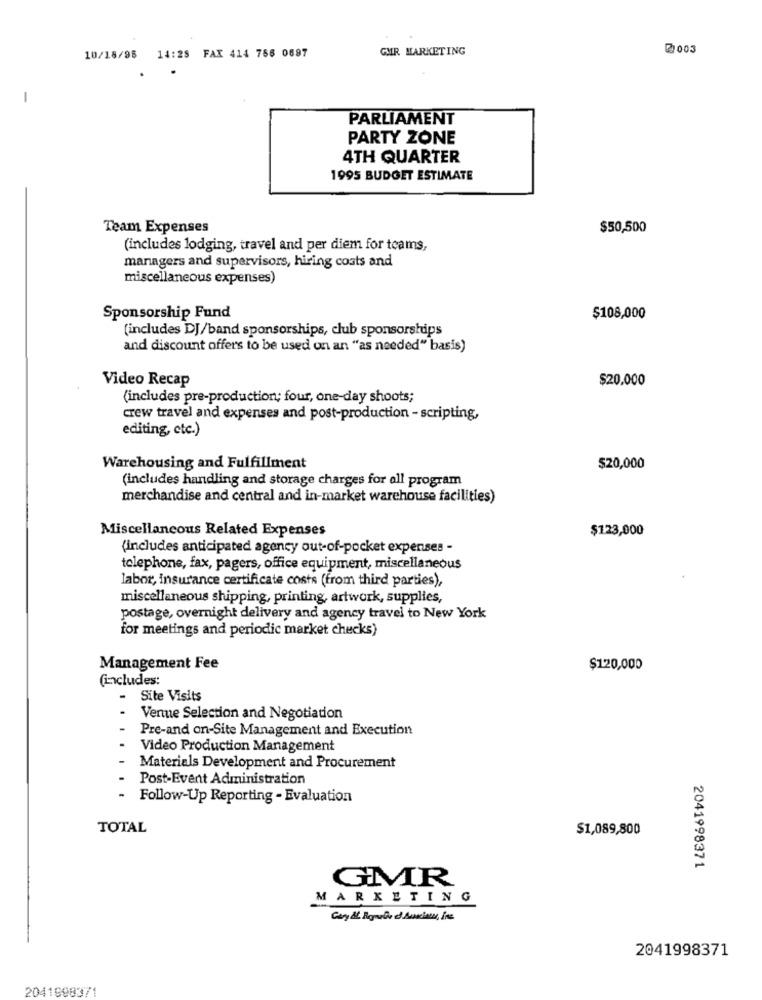
GMR MARKETING
2003
10/18/98 14:28 FAX 414 756 0697
PARLIAMENT
PARTY ZONE
4TH QUARTER
1995 BUDGET ESTIMATE
Team Expenses
$50,500
(includes lodging, travel and per diem for teams,
managers and supervisors, hiring costs and
miscellaneous expenses)
Sponsorship Fund
$108,000
(includes DJ/band sponsorships, club sponsorships
and discount offers to be used on an "as needed" basis)
Video Recap
$20.000
(includes pre-production; four, one-day shoots;
crew travel and expenses and post-production - scripting,
editing, etc.)
Warehousing and Fulfillment
$20,000
(includes handling and storage charges for all program
merchandise and central and in-market warehouse facilities)
Miscellaneous Related Expenses
$123,000
(includes anticipated agency out-of-pocket expenses -
telephone, fax, pagers, office equipment, miscellaneous
labor, insurance certificate costs (from third parties),
miscellaneous shipping, printing, artwork, supplies,
postage, overnight delivery and agency travel to New York
for meetings and periodic market checks)
Management Fee
$120,000
(includes:
-
Site Visits
Venue Selection and Negotiation
Pre-and on-Site Management and Execution
Video Production Management
Materials Development and Procurement
Post-Event Administration
- Follow-Up Reporting - Evaluation
TOTAL
$1,089,800
2041998371
GMR
MARKETING
2041998371
2041998371